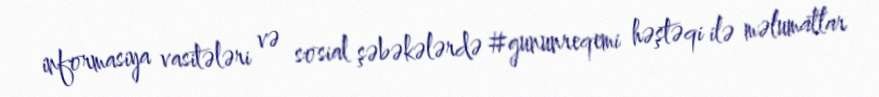
informasiya vasitələri və sosial şəbəkələrdə #gununreqemi həştəqi ilə məlumatlar